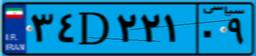
۳۴D۲۲۱۰۹